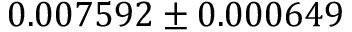
0 . 0 0 7 5 9 2 \pm 0 . 0 0 0 6 4 9